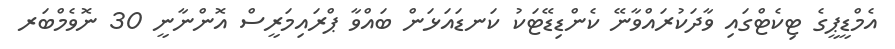
އެމްޑީޕީގެ ޓިކެޓްގައި ވާދަކުރައްވާނޭ ކެންޑިޑޭޓަކު ކަނޑައަޅަން ބައްވާ ޕްރައިމަރީސް އޮންނާނީ 30 ނޮވެމްބަރ